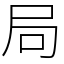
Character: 局